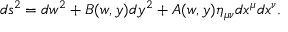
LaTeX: d s ^ { 2 } = d w ^ { 2 } + B ( w , y ) d y ^ { 2 } + A ( w , y ) \eta _ { \mu \nu } d x ^ { \mu } d x ^ { \nu } .